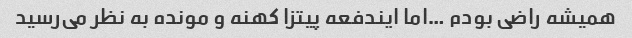
همیشه راضی بودم …اما ایندفعه پیتزا کهنه و مونده به نظر می‌رسید